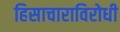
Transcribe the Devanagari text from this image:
हिसाचाराविरोधी